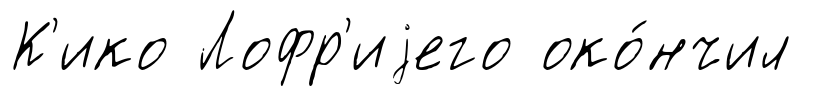
К'ико Лофр'иjего око́нчил